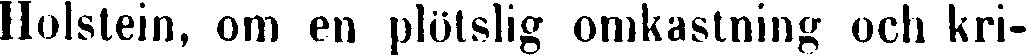
Holstein, om en plötslig omkastning och kri-